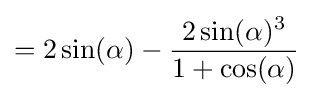
=2\sin(\alpha )-{\frac {2\sin(\alpha )^{3}}{1+\cos(\alpha )}}